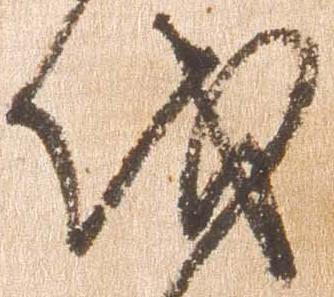
伐